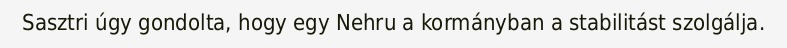
Sasztri úgy gondolta, hogy egy Nehru a kormányban a stabilitást szolgálja.